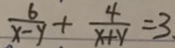
\frac { 6 } { x - y } + \frac { 4 } { x + y } = 3 .